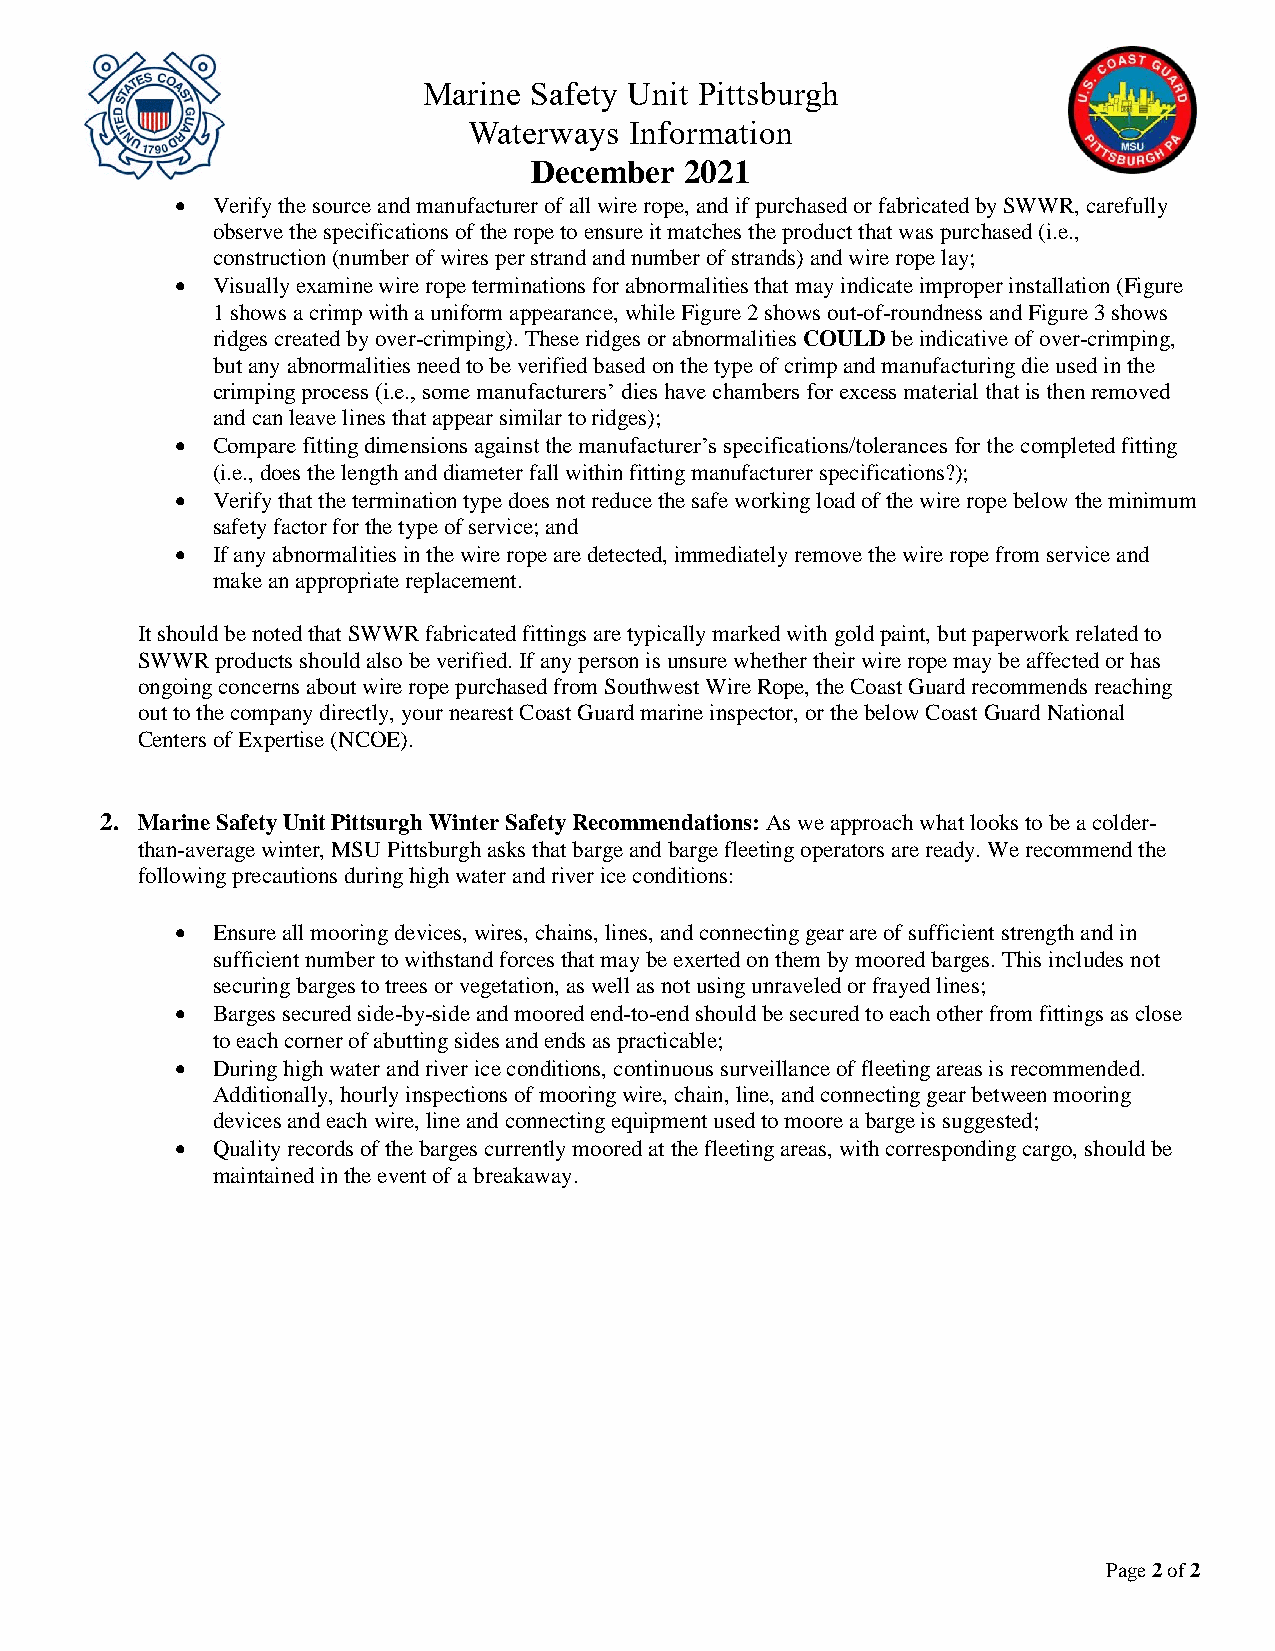
Marine Safety Unit Pittsburgh
 Waterways  Information
 December  2021
  Verify the source and manufacturer of all wire rope, and if purchased or fabricated by SWWR, carefully
 observe the specifications of the rope to ensure it matches the product that was purchased (i.e.,
 construction (number of wires per strand and number of strands) and wire rope lay;
  Visually examine wire rope terminations for abnormalities that may indicate improper installation (Figure
 1 shows a crimp with a uniform appearance, while Figure 2 shows out-of-roundness and Figure 3 shows
 ridges created by over-crimping). These ridges or abnormalities COULD be indicative of over-crimping,
 but any abnormalities need to be verified based on the type of crimp and manufacturing die used in the
 crimping process (i.e., some manufacturers’ dies have chambers for excess material that is then removed
 and can leave lines that appear similar to ridges);
  Compare fitting dimensions against the manufacturer’s specifications/tolerances for the completed fitting
 (i.e., does the length and diameter fall within fitting manufacturer specifications?);
  Verify that the termination type does not reduce the safe working load of the wire rope below the minimum
 safety factor for the type of service; and
  If any abnormalities in the wire rope are detected, immediately remove the wire rope from service and
 make an appropriate replacement.
 It should be noted that SWWR fabricated fittings are typically marked with gold paint, but paperwork related to
 SWWR products should also be verified. If any person is unsure whether their wire rope may be affected or has
 ongoing concerns about wire rope purchased from Southwest Wire Rope, the Coast Guard recommends reaching
 out to the company directly, your nearest Coast Guard marine inspector, or the below Coast Guard National
 Centers of Expertise (NCOE).
 2. Marine Safety Unit Pittsurgh Winter Safety Recommendations: As we approach what looks to be a colder-
 than-average winter, MSU Pittsburgh asks that barge and barge fleeting operators are ready. We recommend the
 following precautions during high water and river ice conditions:
  Ensure all mooring devices, wires, chains, lines, and connecting gear are of sufficient strength and in
 sufficient number to withstand forces that may be exerted on them by moored barges. This includes not
 securing barges to trees or vegetation, as well as not using unraveled or frayed lines;
  Barges secured side-by-side and moored end-to-end should be secured to each other from fittings as close
 to each corner of abutting sides and ends as practicable;
  During high water and river ice conditions, continuous surveillance of fleeting areas is recommended.
 Additionally, hourly inspections of mooring wire, chain, line, and connecting gear between mooring
 devices and each wire, line and connecting equipment used to moore a barge is suggested;
  Quality records of the barges currently moored at the fleeting areas, with corresponding cargo, should be
 maintained in the event of a breakaway.
 Page 2 of 2